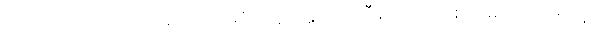
ပြောဆိုကြတယ်၊ ဘာမှလိုတာ မရှိပါဘူး၊ ဣသိဒါသီနဲ့တော့ တစ်အိမ်တည်း အတူ